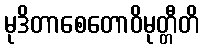
မုဒိတာစေတောဝိမုတ္တီတိ